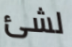
لشئ